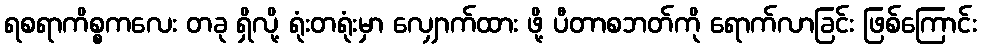
ရစရာကိစ္စကလေး တခု ရှိလို့ ရုံးတရုံးမှာ လျှောက်ထား ဖို့ ပီတာစဘတ်ကို ရောက်လာခြင်း ဖြစ်ကြောင်း